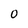
Character: 0